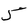
Character: 5